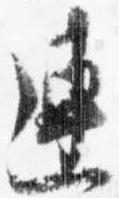
連